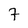
Character: 7